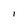
Character: l